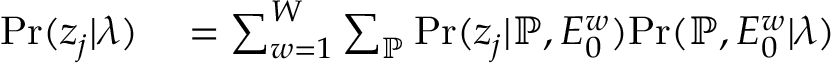
\begin{array} { r l } { \mathrm { P r } ( \boldsymbol { z } _ { j } | \boldsymbol { \lambda } ) } & { { } = \sum _ { w = 1 } ^ { W } \sum _ { \mathbb { P } } \mathrm { P r } ( \boldsymbol { z } _ { j } | \mathbb { P } , E _ { 0 } ^ { w } ) \mathrm { P r } ( \mathbb { P } , E _ { 0 } ^ { w } | \boldsymbol { \lambda } ) } \end{array}